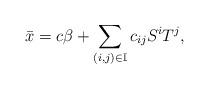
LaTeX: \begin{align*}\bar{x}=c\beta + \sum_{\substack{(i,j)\in\mathbb{I}}} c_{ij}S^iT^j,\end{align*}